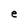
Character: e